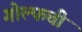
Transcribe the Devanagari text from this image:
गोल्फची